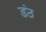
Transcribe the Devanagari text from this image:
डंठ